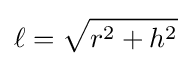
\ell ={\sqrt {r^{2}+h^{2}}}